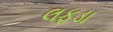
લફડા